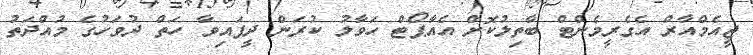
ޖީއެމްއާރް އެގެރީމެންޓް ބާތިލުކޮށް އެއާޕޯޓް ހަވާލު ކުރަން ދީފައިވާ ހަތް ދުވަހުގެ މުއްދަތު